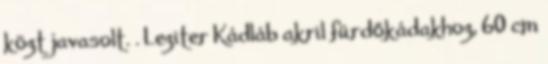
közt javasolt. . Leziter Kádláb akril fürdőkádakhoz, 60 cm